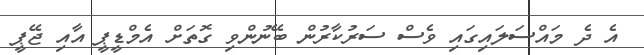
އެ ދެ މައްސަލައިގައި ވެސް ސަރުކާރުން ބޭނުންވި ގޮތަށް އެމްޑީޕީ އާއި ޖޭޕީ